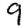
Digit: 9